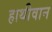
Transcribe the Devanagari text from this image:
हाथीवान